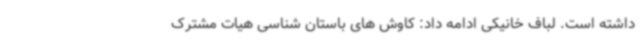
داشته است. لباف خانیکی ادامه داد: کاوش های باستان شناسی هیات مشترک